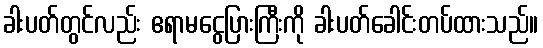
ခါးပတ်တွင်လည်း ဧရာမငွေပြားကြီးကို ခါးပတ်ခေါင်းတပ်ထားသည်။